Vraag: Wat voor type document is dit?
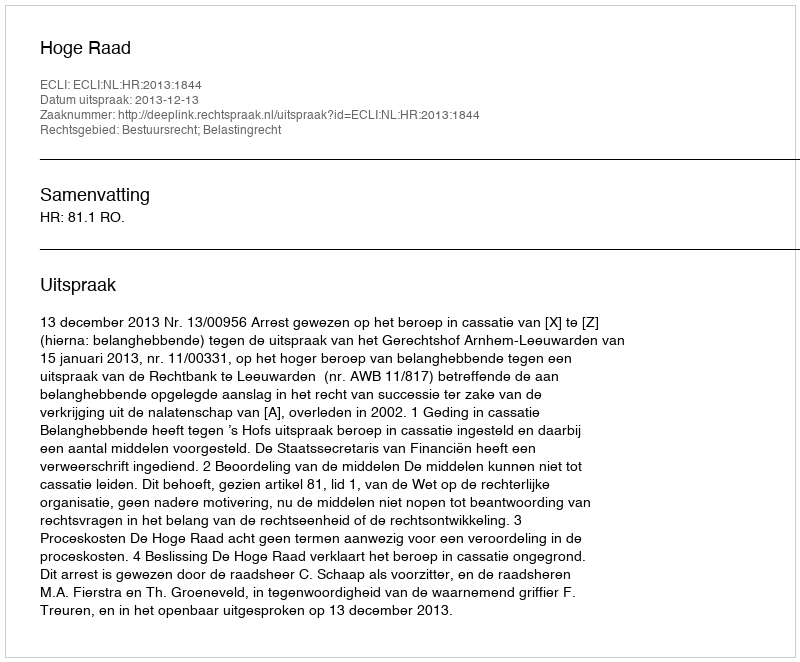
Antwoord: Uitspraak